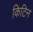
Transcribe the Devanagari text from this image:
किटिन